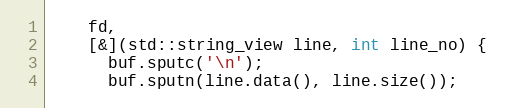
Language: C++
    fd,
    [&](std::string_view line, int line_no) {
      buf.sputc('\n');
      buf.sputn(line.data(), line.size());